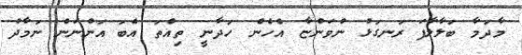
މާދަމާ ބަލާލާފަ ރަނގަޅު ނުވަންޏާ އެހެން ހަދާނީ ތިއްތަ އެބަ އަންނަން ނަމާދު